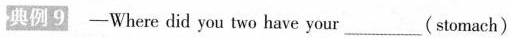
典例9 —Where did you two have your ___( stomach)